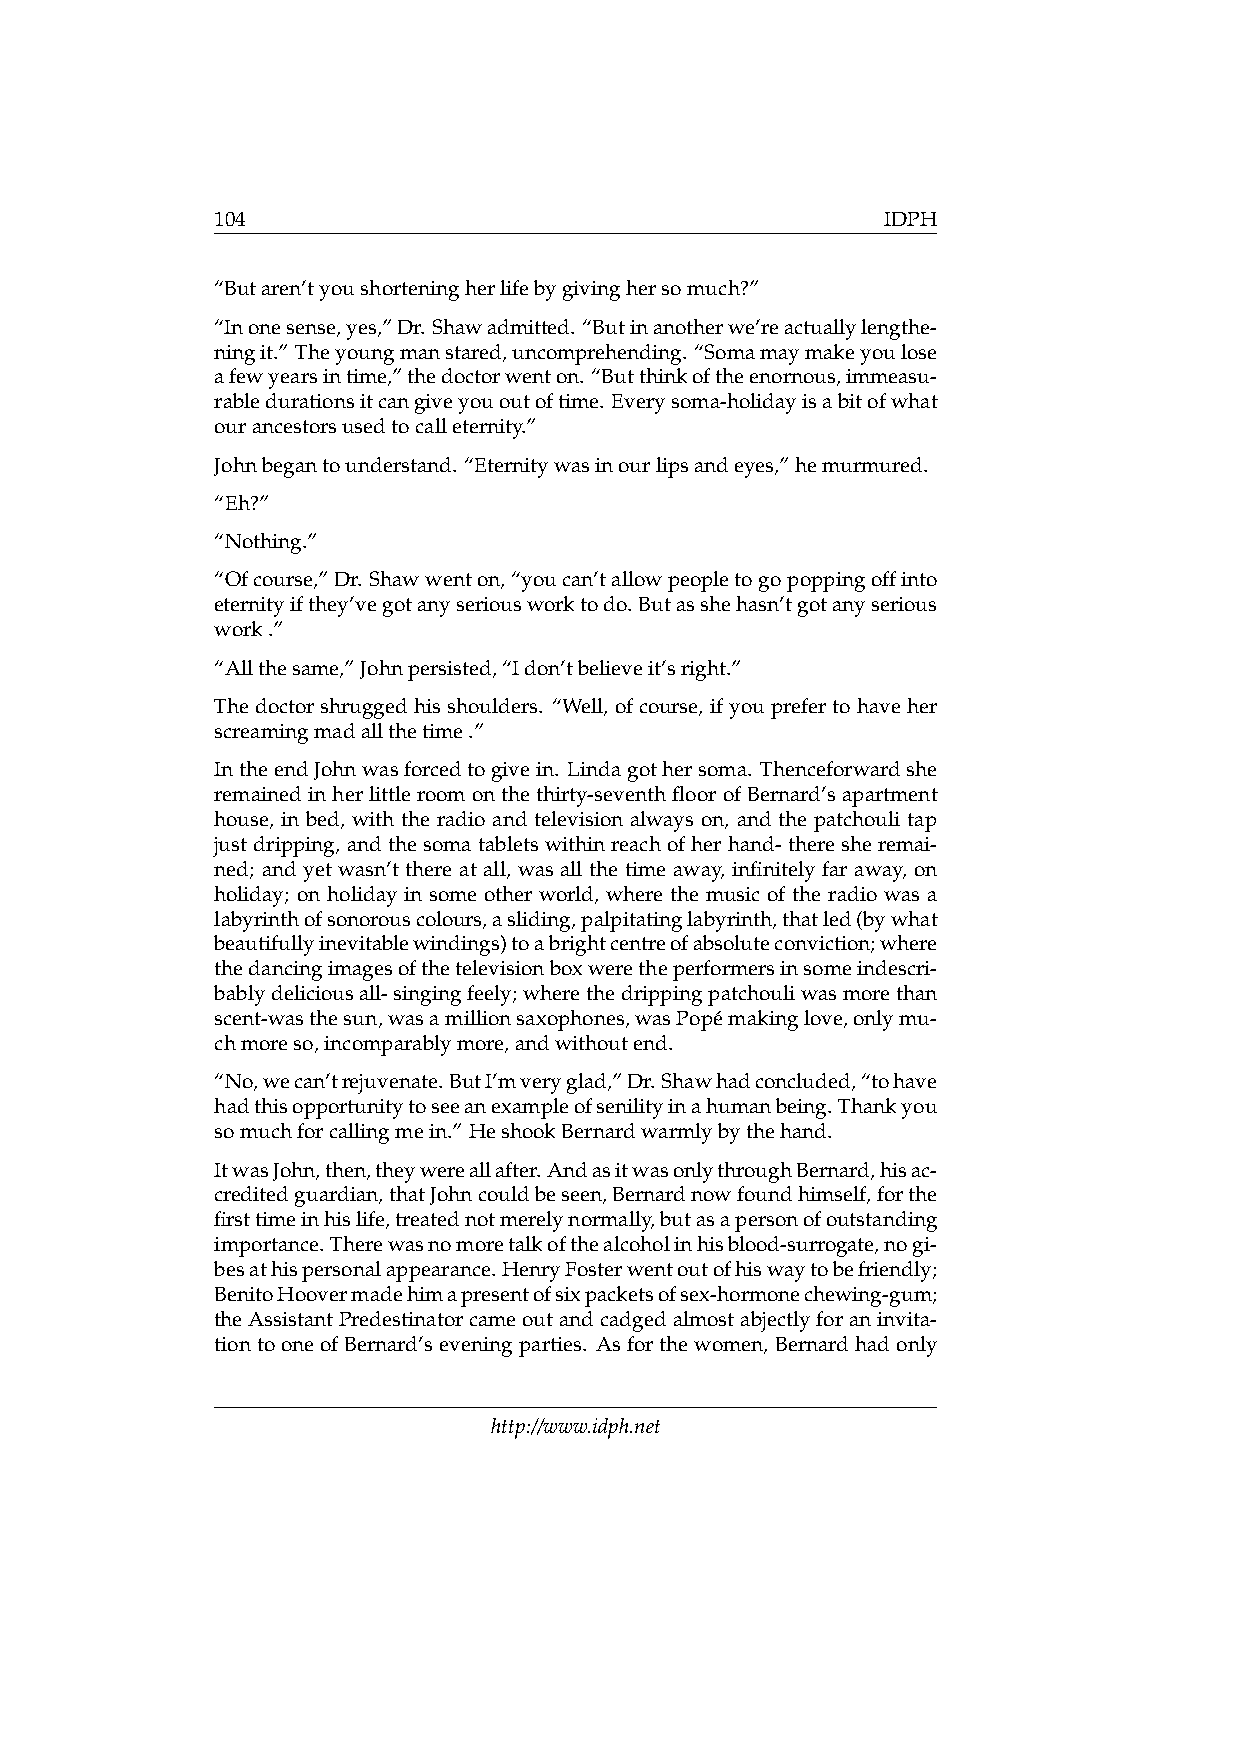
104                                          IDPH
 “Butaren’tyoushorteningherlifebygivinghersomuch?”
 “Inonesense,yes,”Dr. Shawadmitted. “Butinanotherwe’reactuallylengthe-
 ningit.” Theyoungmanstared,uncomprehending. “Somamaymakeyoulose
 afewyearsintime,”thedoctorwenton. “Butthinkoftheenornous,immeasu-
 rabledurationsitcangiveyououtoftime. Everysoma-holidayisabitofwhat
 ourancestorsusedtocalleternity.”
 Johnbegantounderstand. “Eternitywasinourlipsandeyes,”hemurmured.
 “Eh?”
 “Nothing.”
 “Ofcourse,”Dr. Shawwenton,“youcan’tallowpeopletogopoppingoffinto
 eternityifthey’vegotanyseriousworktodo. Butasshehasn’tgotanyserious
 work.”
 “Allthesame,”Johnpersisted,“Idon’tbelieveit’sright.”
 Thedoctorshruggedhisshoulders. “Well, ofcourse, ifyouprefertohaveher
 screamingmadallthetime.”
 IntheendJohnwasforcedtogivein. Lindagothersoma. Thenceforwardshe
 remained in her little room on the thirty-seventh floor of Bernard’s apartment
 house, in bed, with the radio and television always on, and the patchouli tap
 justdripping, andthesomatabletswithinreachofherhand-theresheremai-
 ned; and yet wasn’t there at all, was all the time away, infinitely far away, on
 holiday; on holiday in some other world, where the music of the radio was a
 labyrinthofsonorouscolours,asliding,palpitatinglabyrinth,thatled(bywhat
 beautifullyinevitablewindings)toabrightcentreofabsoluteconviction;where
 thedancingimagesofthetelevisionboxweretheperformersinsomeindescri-
 bablydeliciousall-singingfeely;wherethedrippingpatchouliwasmorethan
 scent-wasthesun,wasamillionsaxophones,wasPopémakinglove,onlymu-
 chmoreso,incomparablymore,andwithoutend.
 “No,wecan’trejuvenate.ButI’mveryglad,”Dr.Shawhadconcluded,“tohave
 hadthisopportunitytoseeanexampleofsenilityinahumanbeing.Thankyou
 somuchforcallingmein.” HeshookBernardwarmlybythehand.
 ItwasJohn,then,theywereallafter.AndasitwasonlythroughBernard,hisac-
 creditedguardian,thatJohncouldbeseen,Bernardnowfoundhimself,forthe
 firsttimeinhislife,treatednotmerelynormally,butasapersonofoutstanding
 importance.Therewasnomoretalkofthealcoholinhisblood-surrogate,nogi-
 besathispersonalappearance.HenryFosterwentoutofhiswaytobefriendly;
 BenitoHoovermadehimapresentofsixpacketsofsex-hormonechewing-gum;
 theAssistantPredestinatorcameoutandcadgedalmostabjectlyforaninvita-
 tiontooneofBernard’seveningparties. Asforthewomen, Bernardhadonly
 http://www.idph.net